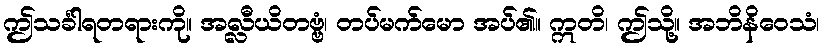
ဤသင်္ခါရတရားကို။ အလ္လီယိတဗ္ဗံ၊ တပ်မက်မော အပ်၏။ ဣတိ၊ ဤသို့။ အဘိနိဝေသံ၊